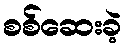
စစ်ဆေးခဲ့